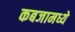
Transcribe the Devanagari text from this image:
कबजामध्ये